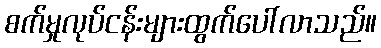
စက်မှုလုပ်ငန်းများထွက်ပေါ်လာသည်။